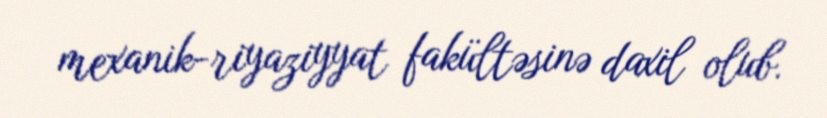
mexanik-riyaziyyat fakültəsinə daxil olub.